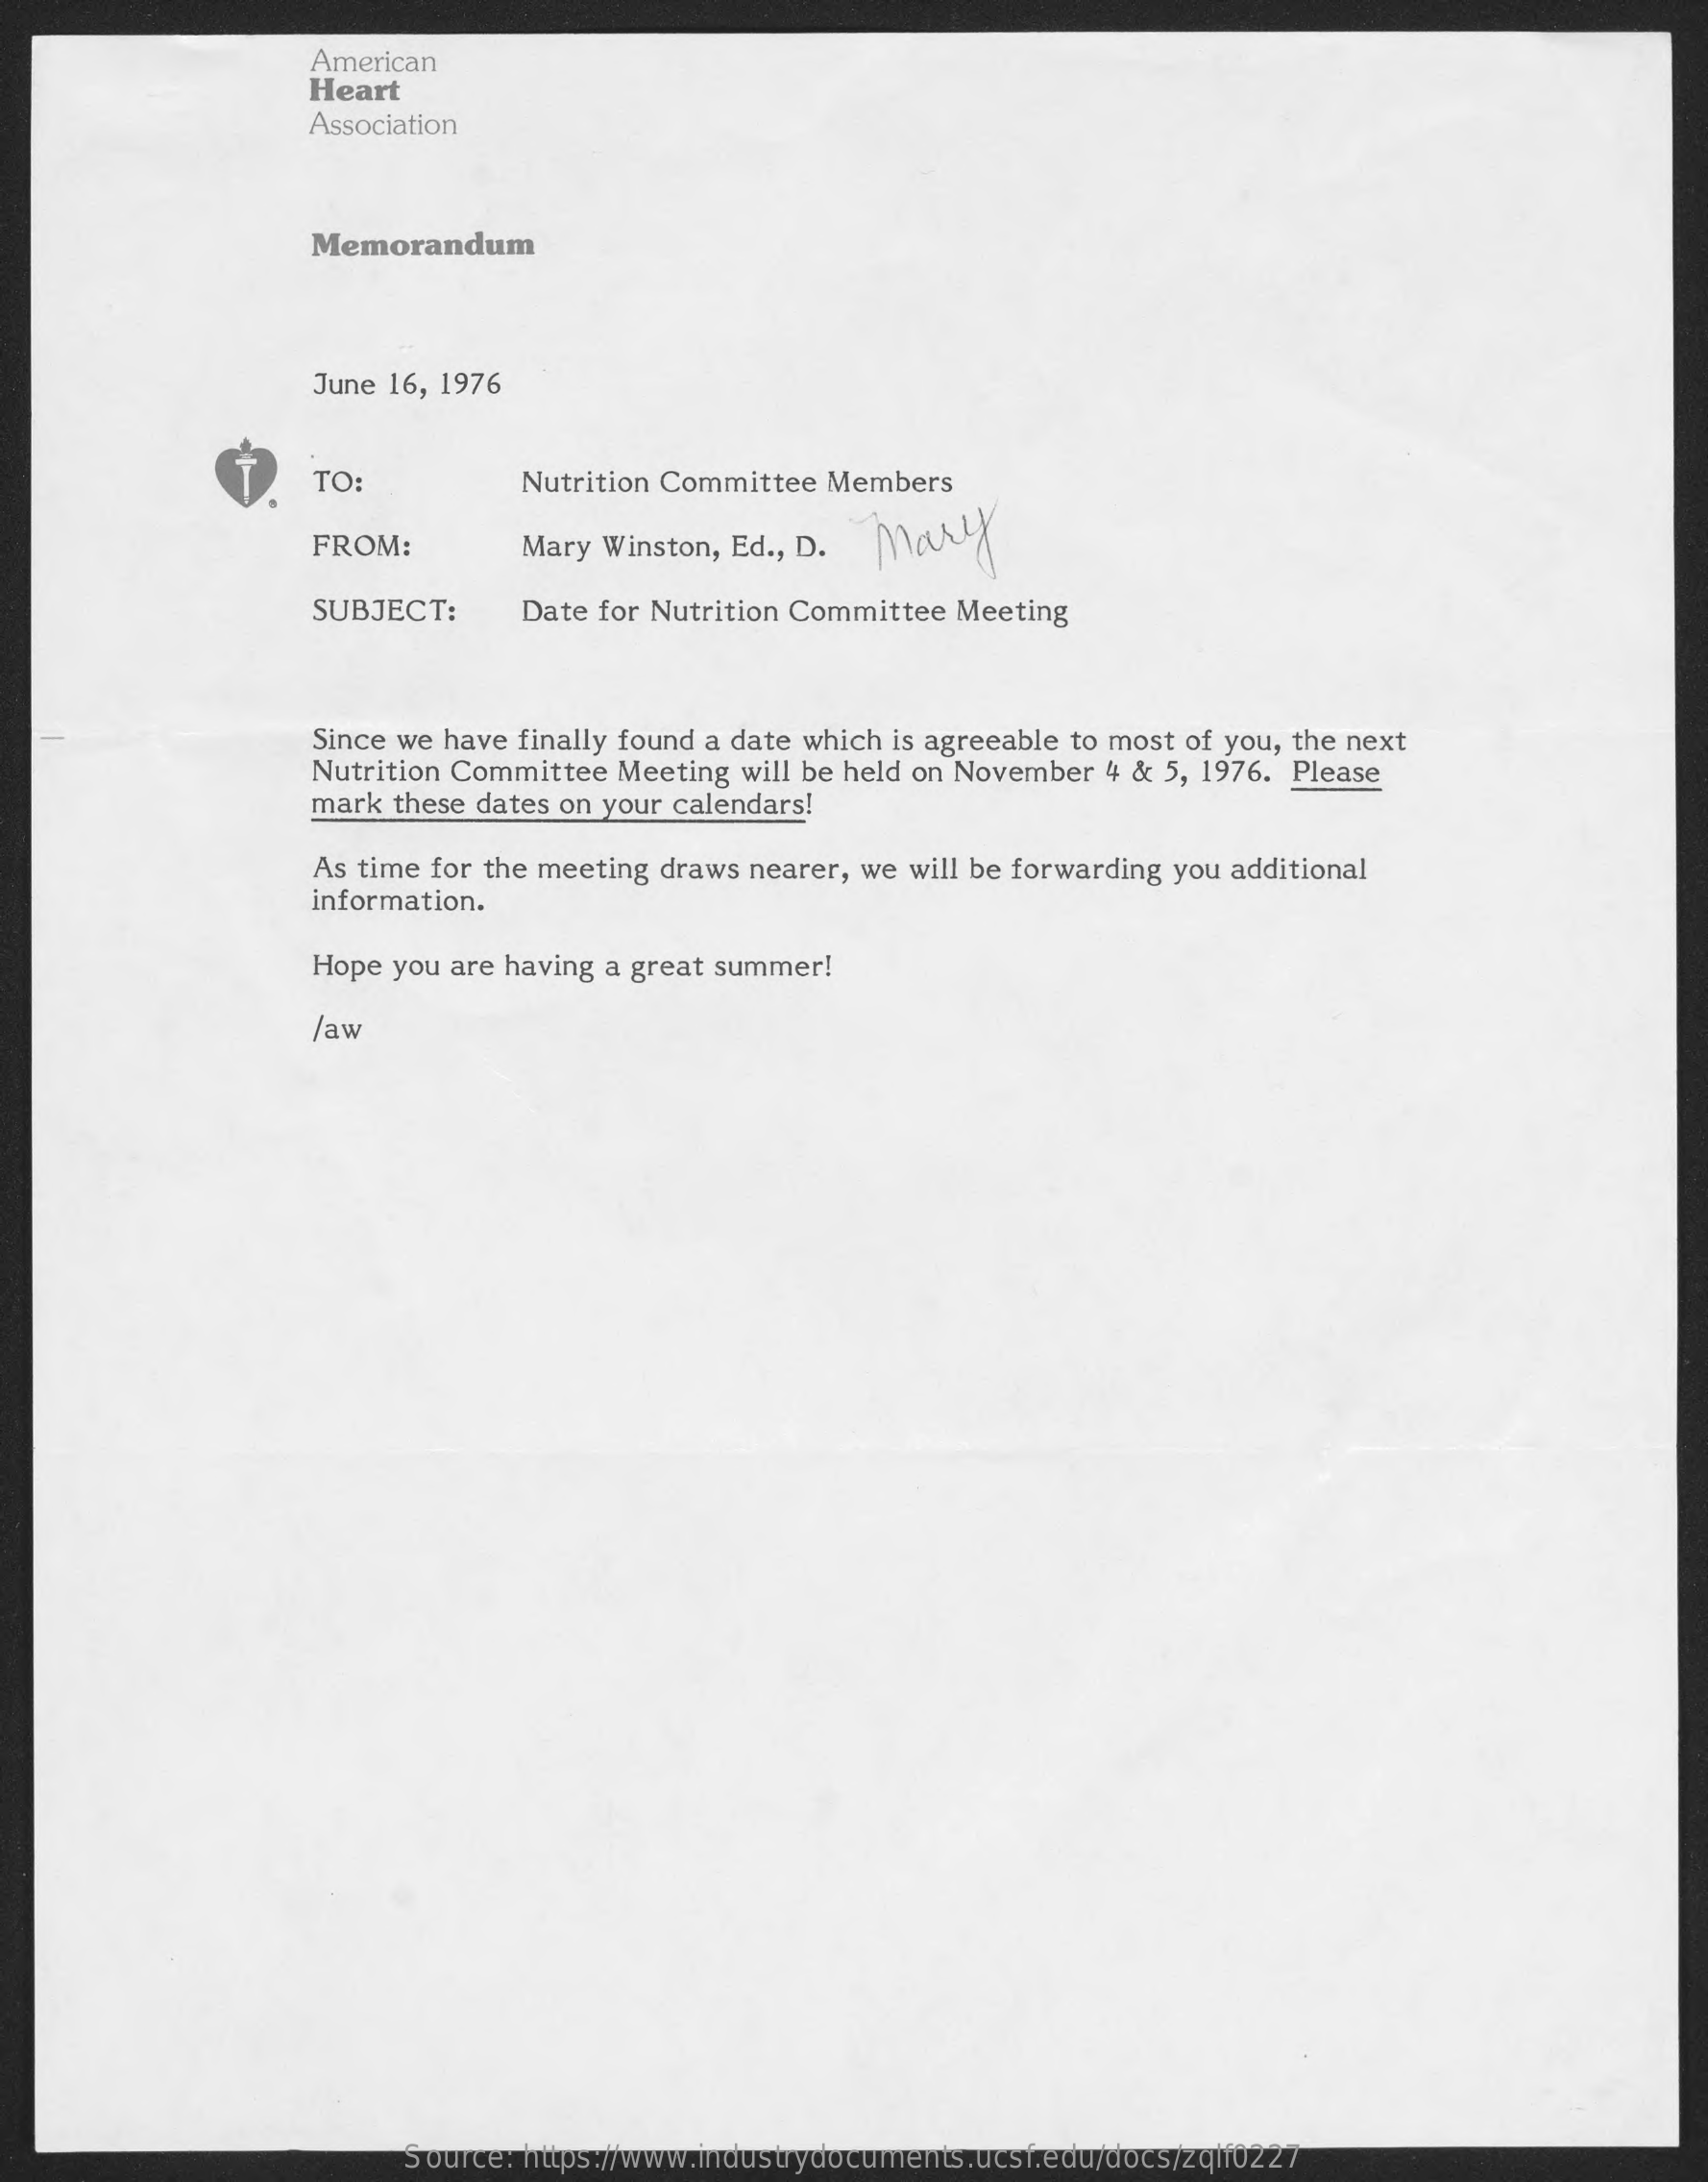
American
     Heart
     Association
     Memorandum
     June 16, 1976
     TO:    Nutrition Committee Members
     FROM:    Mary Winston, Ed ., D. Mary
     SUBJECT:    Date for Nutrition Committee Meeting
     Since we have finally found a date which is agreeable to most of you, the next
     Nutrition Committee Meeting will be held on November 4 & 5, 1976. Please
     mark these dates on your calendars!
     As time for the meeting draws nearer, we will be forwarding you additional
     information.
     Hope you are having a great summer!
     /aw
     Source: https://www.industrydocuments.ucsf.edu/docs/zqlf0227